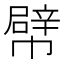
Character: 幦